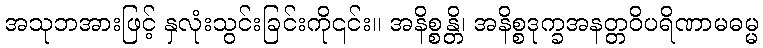
အသုဘအားဖြင့် နှလုံးသွင်းခြင်းကို၎င်း။ အနိစ္စန္တိ၊ အနိစ္စဒုက္ခအနတ္တဝိပရိဏာမဓမ္မ